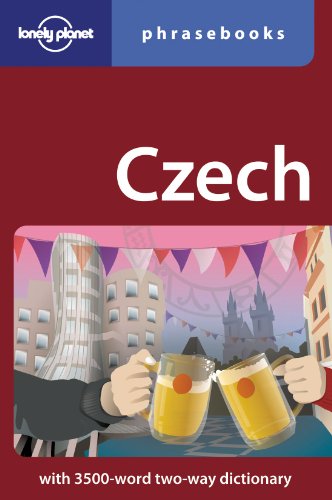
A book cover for Czech: Lonely Planet Phrasebook; Richard Nebesky; Travel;